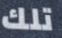
تلك